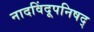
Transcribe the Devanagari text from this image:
नादविंदूपनिषद्